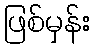
ဖြစ်မှန်း